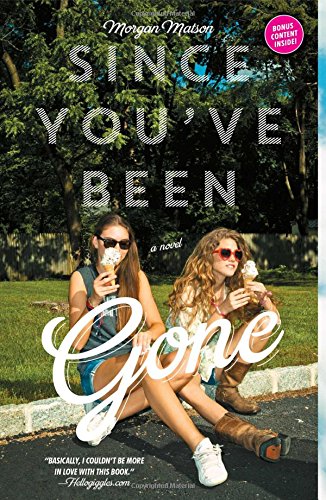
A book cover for Since You've Been Gone; Morgan Matson; Teen & Young Adult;